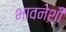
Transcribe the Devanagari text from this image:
भावनेशी